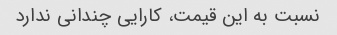
نسبت به این قیمت، کارایی چندانی ندارد